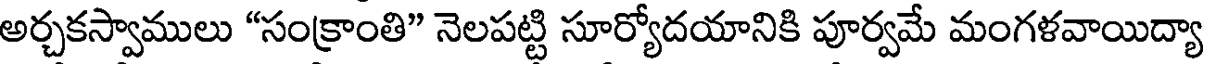
అర్చకస్వాములు "సంక్రాంతి" నెలపట్టి సూర్యోదయానికి పూర్వమే మంగళవాయిద్యా